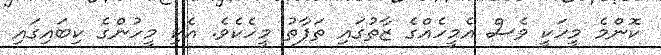
ކޮންމެ މީހަކީ ވެސް އެމީހެއްގެ ޒާތުގައި ތަފާތު މީހެކެވެ. އެކި މީހުންގެ ކިބައިގައި